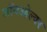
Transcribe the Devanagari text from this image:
जॉनओल्वर